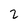
Character: 2